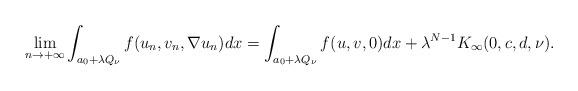
LaTeX: \begin{align*}\displaystyle{\lim_{n \to +\infty}\int_{a_0+ \lambda Q_\nu}f( u_n,v_n, \nabla u_n)dx = \int_{a_0+ \lambda Q_\nu} f( u,v,0)dx + \lambda^{N-1} K_\infty(0,c,d,\nu).}\end{align*}